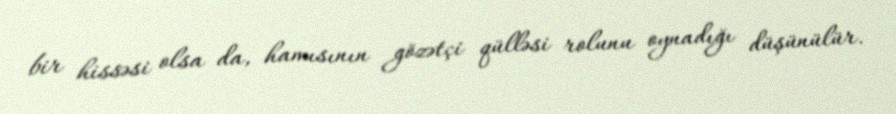
bir hissəsi olsa da, hamısının gözətçi qülləsi rolunu oynadığı düşünülür.